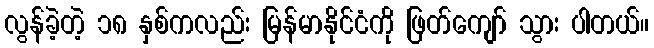
လွန်ခဲ့တဲ့ ၁၈ နှစ်ကလည်း မြန်မာနိုင်ငံကို ဖြတ်ကျော် သွား ပါတယ်။